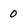
Character: 0